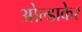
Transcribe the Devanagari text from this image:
ओल्डाकेर